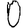
Digit: 0